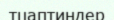
тцаптиндер